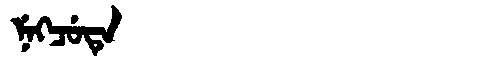
Manchu: ᠨᡝᡴᠴᡠᡨᡝ
Romanization: NEKCUTE